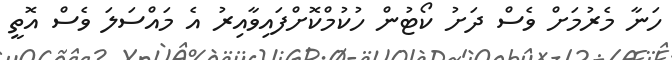
ހަނާ މެރުމަށް ވެސް ދަށު ކޯޓުން ހުކުމްކޮށްފައިވާއިރު އެ މައްސަލަ ވެސް އޮތީ